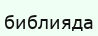
библияда